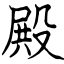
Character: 殿